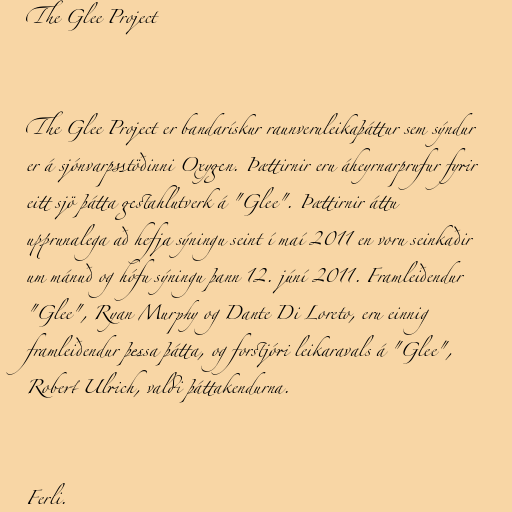
The Glee Project

The Glee Project er bandarískur raunveruleikaþáttur sem sýndur
er á sjónvarpsstöðinni Oxygen. Þættirnir eru áheyrnarprufur fyrir
eitt sjö þátta gestahlutverk á "Glee". Þættirnir áttu
upprunalega að hefja sýningu seint í maí 2011 en voru seinkaðir
um mánuð og hófu sýningu þann 12. júní 2011. Framleiðendur
"Glee", Ryan Murphy og Dante Di Loreto, eru einnig
framleiðendur þessa þátta, og forstjóri leikaravals á "Glee",
Robert Ulrich, valdi þáttakendurna.

Ferli.